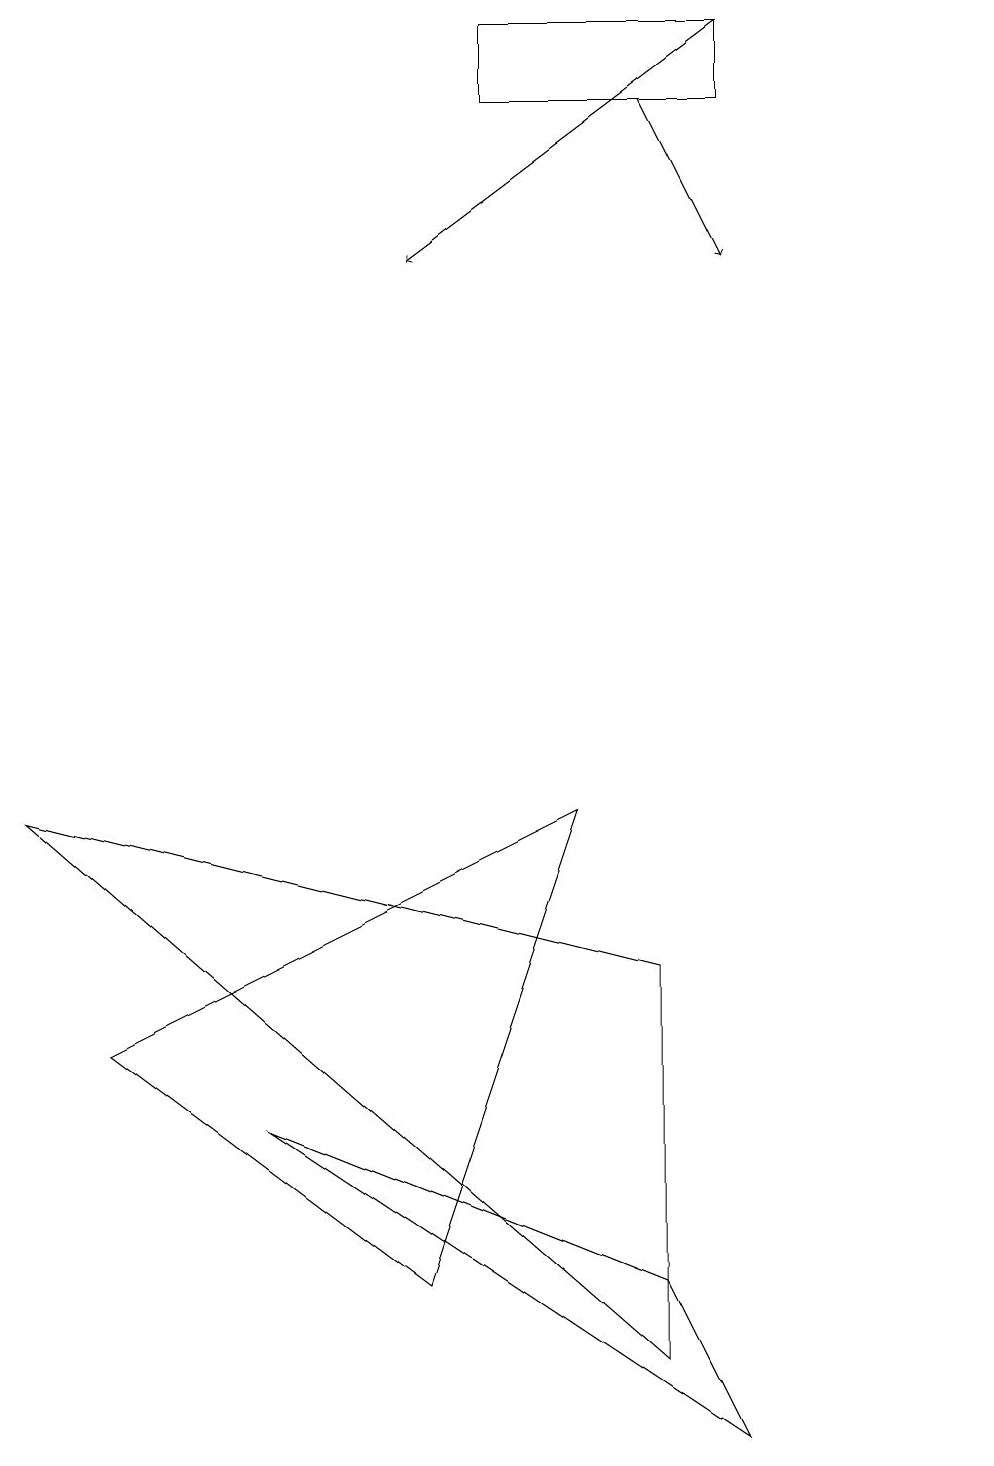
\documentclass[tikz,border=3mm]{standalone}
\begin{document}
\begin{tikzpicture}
\draw[->] (9,19) -- (5,16);
\draw (3,5) -- (9,1) -- (8,3) -- cycle;
\draw[->] (8,18) -- (9,16);
\draw (8,2) -- (8,7) -- (0,9) -- cycle;
\draw (6,18) rectangle (9,19);
\draw (12,11) circle (0);
\draw (7,9) -- (5,3) -- (1,6) -- cycle;
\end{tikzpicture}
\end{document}